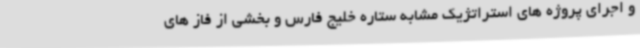
و اجرای پروژه های استراتژیک مشابه ستاره خلیج فارس و بخشی از فاز های